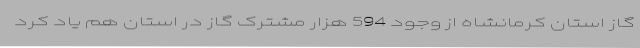
گاز استان کرمانشاه از وجود 594 هزار مشترک گاز در استان هم یاد کرد